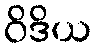
ဝိဒိယ